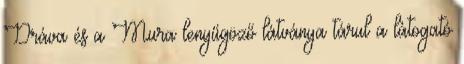
Dráva és a Mura lenyűgöző látványa tárul a látogató